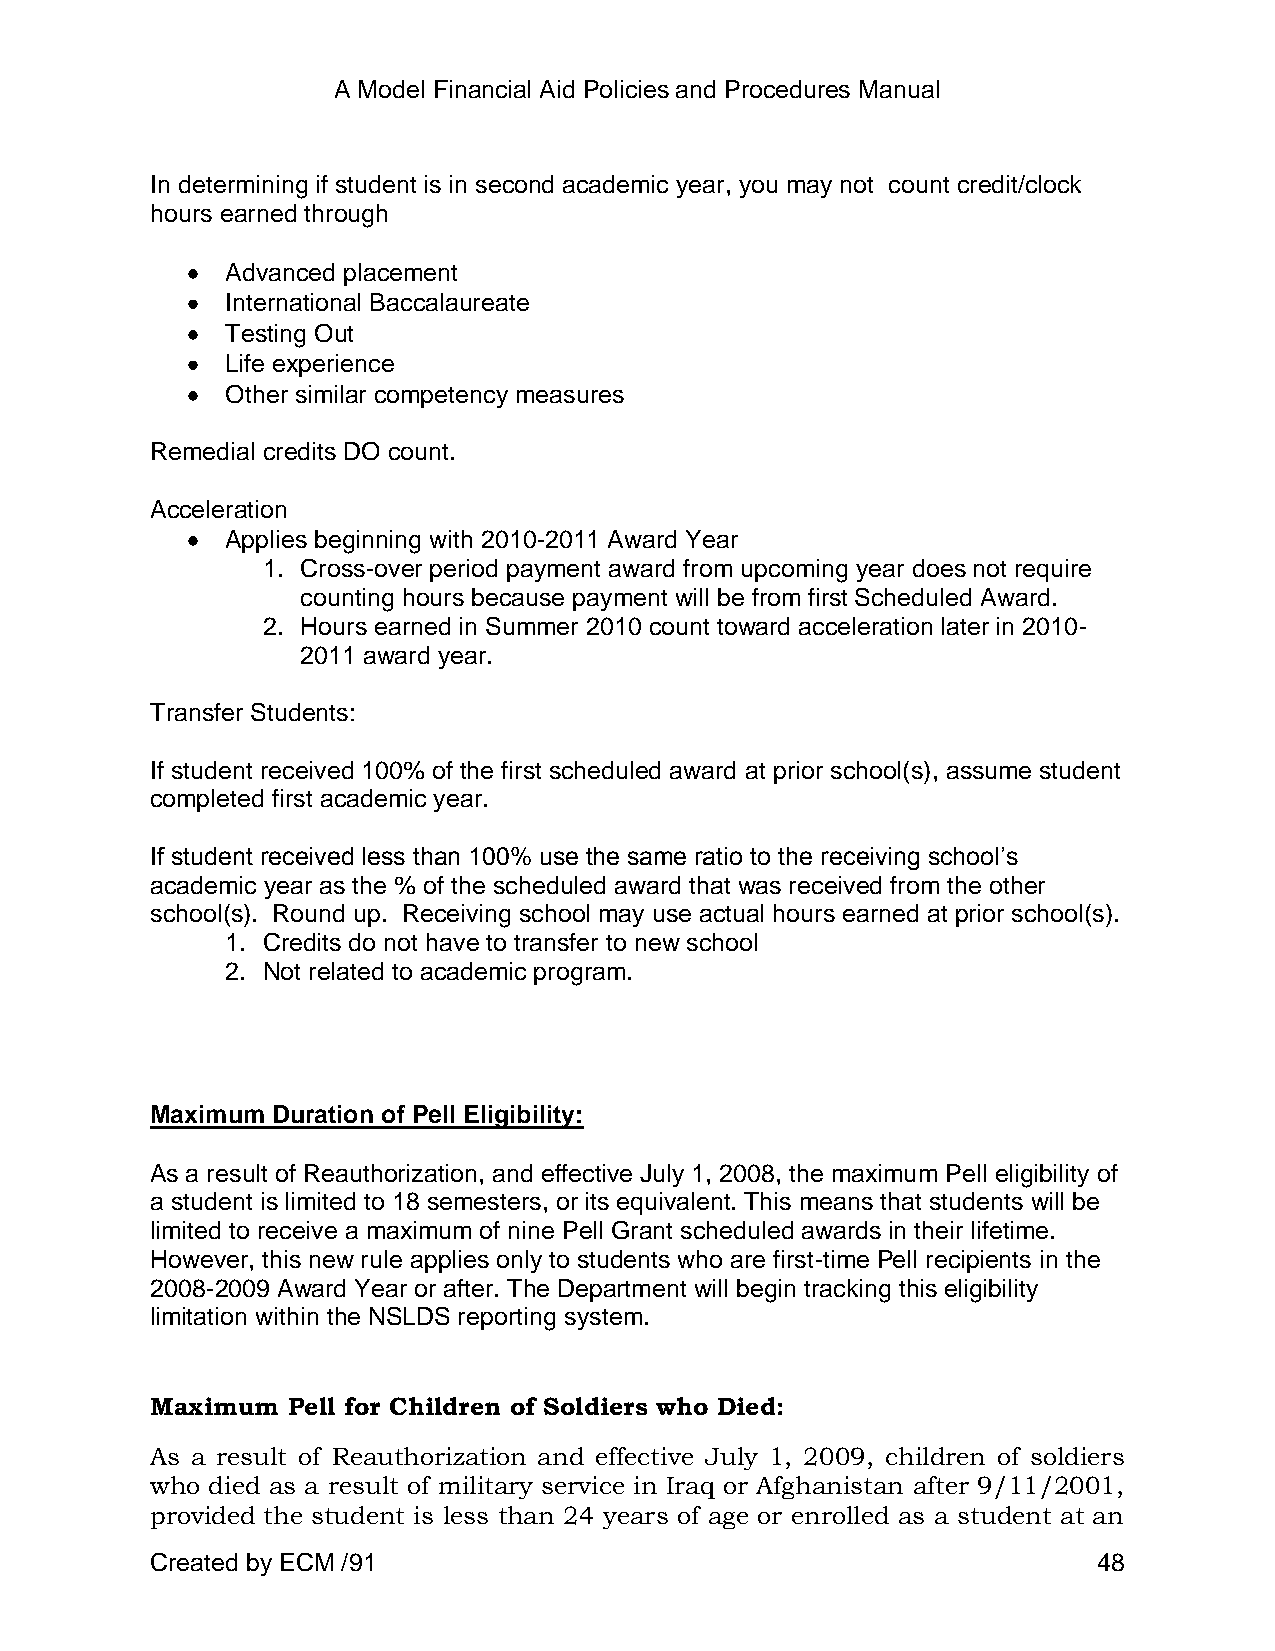
A Model Financial Aid Policies and Procedures Manual
 In determining if student is in second academic year, you may not count credit/clock
 hours earned through
 Advanced placement
 International Baccalaureate
 Testing Out
 Life experience
 Other similar competency measures
 Remedial credits DO count.
 Acceleration
 Applies beginning with 2010-2011 Award Year
 1. Cross-over period payment award from upcoming year does not require
 counting hours because payment will be from first Scheduled Award.
 2. Hours earned in Summer 2010 count toward acceleration later in 2010-
 2011 award year.
 Transfer Students:
 If student received 100% of the first scheduled award at prior school(s), assume student
 completed first academic year.
 If student received less than 100% use the same ratio to the receiving school’s
 academic year as the % of the scheduled award that was received from the other
 school(s). Round up. Receiving school may use actual hours earned at prior school(s).
 1. Credits do not have to transfer to new school
 2. Not related to academic program.
 Maximum Duration of Pell Eligibility:
 As a result of Reauthorization, and effective July 1, 2008, the maximum Pell eligibility of
 a student is limited to 18 semesters, or its equivalent. This means that students will be
 limited to receive a maximum of nine Pell Grant scheduled awards in their lifetime.
 However, this new rule applies only to students who are first-time Pell recipients in the
 2008-2009 Award Year or after. The Department will begin tracking this eligibility
 limitation within the NSLDS reporting system.
 Maximum  Pell for Children of Soldiers who Died:
 As a result of Reauthorization and effective July 1, 2009, children of soldiers
 who died as a result of military service in Iraq or Afghanistan after 9/11/2001,
 provided the student is less than 24 years of age or enrolled as a student at an
 Created by ECM /91                                             48